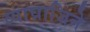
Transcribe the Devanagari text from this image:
व्याघ्राजिने